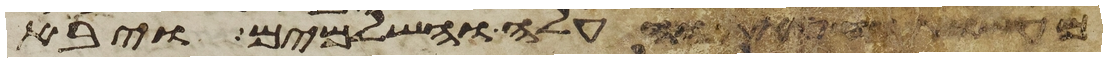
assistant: מעשות החטאת והעלה והשלמים ויבא